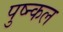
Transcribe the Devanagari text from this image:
पुष्न्कल